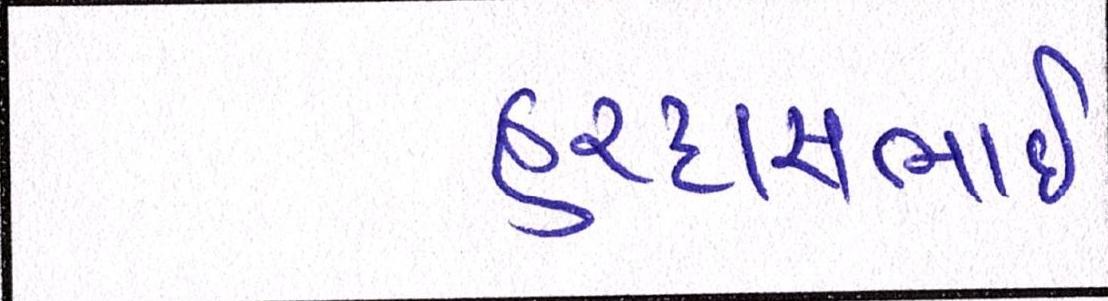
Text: હરદાસભાઇ